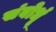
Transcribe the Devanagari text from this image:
संबोधूं